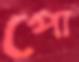
পো